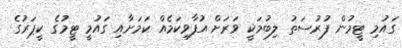
ގައުމި ޓީމުން ފުރުސަތު ލިބުމަކީ ވަރަށް އުފާވިކަމެއް ކަމަށާއި ގައުމީ ޓީމުގެ ކީޕަރުގެ